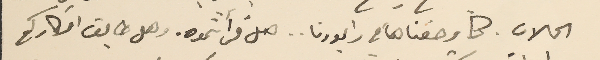
الحالات. كما وصفناها في رابورنا.. هل قرأتموه. وهل طابق افكاركم